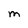
Character: M